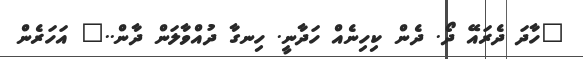
"ހާދަ ދެރައޭ ދޯ. ދެން ކިހިނެއް ހަދާނީ. ހިނގާ ދުއްވާލަން ދާން.." އަހަރެން